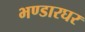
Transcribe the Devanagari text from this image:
भण्डारघर